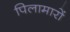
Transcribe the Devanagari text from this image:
पिलामारों